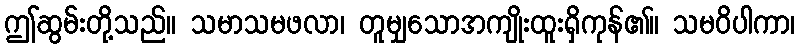
ဤဆွမ်းတို့သည်။ သမာသမဖလာ၊ တူမျှသောအကျိုးထူးရှိကုန်၏။ သမဝိပါကာ၊